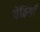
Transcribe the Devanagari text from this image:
पेंठियाँ